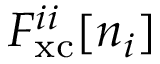
F _ { \mathrm { x c } } ^ { i i } [ n _ { i } ]